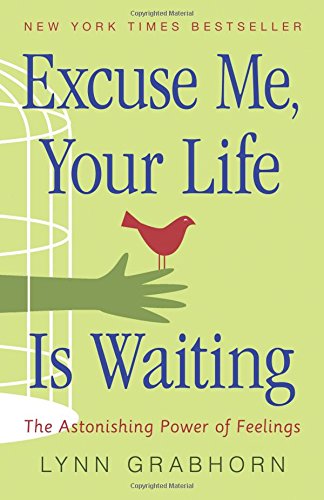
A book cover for Excuse Me, Your Life Is Waiting: The Astonishing Power of Feelings; Lynn Grabhorn; Self-Help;